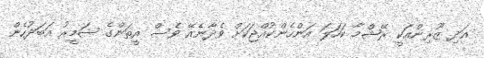
އަދި ޒޫރިންއަކީ ރޭޝްމާ ކަހަލަ އަންހެންކުއްޖަކަށް ވެދާނެއޭ ވެސް އީތަންގެ ޟަމީރު އަބަދުހެން